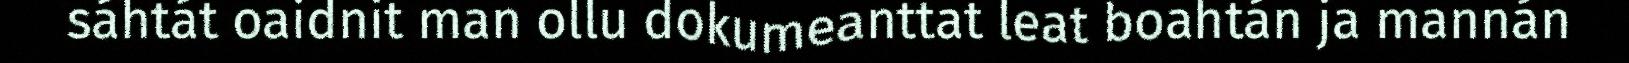
sáhtát oaidnit man ollu dokumeanttat leat boahtán ja mannán